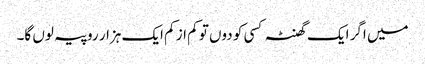
میں اگر ایک گھنٹہ کسی کو دوں تو کم از کم ایک ہزار روپیہ لوں گا۔